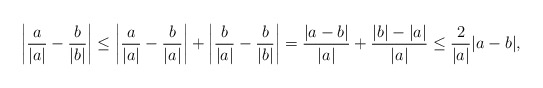
\begin{align*}\left|\frac{a}{|a|}-\frac{b}{|b|}\right|\le \left|\frac{a}{|a|}-\frac{b}{|a|}\right|+\left|\frac{b}{|a|}-\frac{b}{|b|}\right|= \frac{|a-b|}{|a|}+\frac{|b|-|a|}{|a|}\le \frac{2}{|a|}|a-b|,\end{align*}